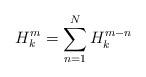
LaTeX: \begin{align*}H_k^m = \sum\limits_{n=1}^N H_k^{m-n}\end{align*}